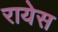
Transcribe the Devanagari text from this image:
रायेस